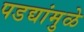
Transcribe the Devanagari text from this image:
पडद्यांमुळे